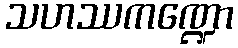
သဟဿကဏ္ဍော